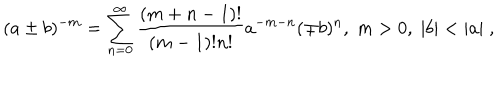
( a \pm b ) ^ { - m } = \sum _ { n = 0 } ^ { \infty } \frac { ( m + n - 1 ) ! } { ( m - 1 ) ! n ! } a ^ { - m - n } ( \mp b ) ^ { n } , \; m > 0 , \; | b | < | a | \; ,